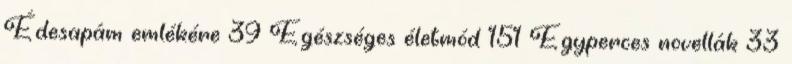
Édesapám emlékére 39 Egészséges életmód 151 Egyperces novellák 33